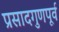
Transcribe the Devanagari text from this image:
प्रसादगुणपूर्व